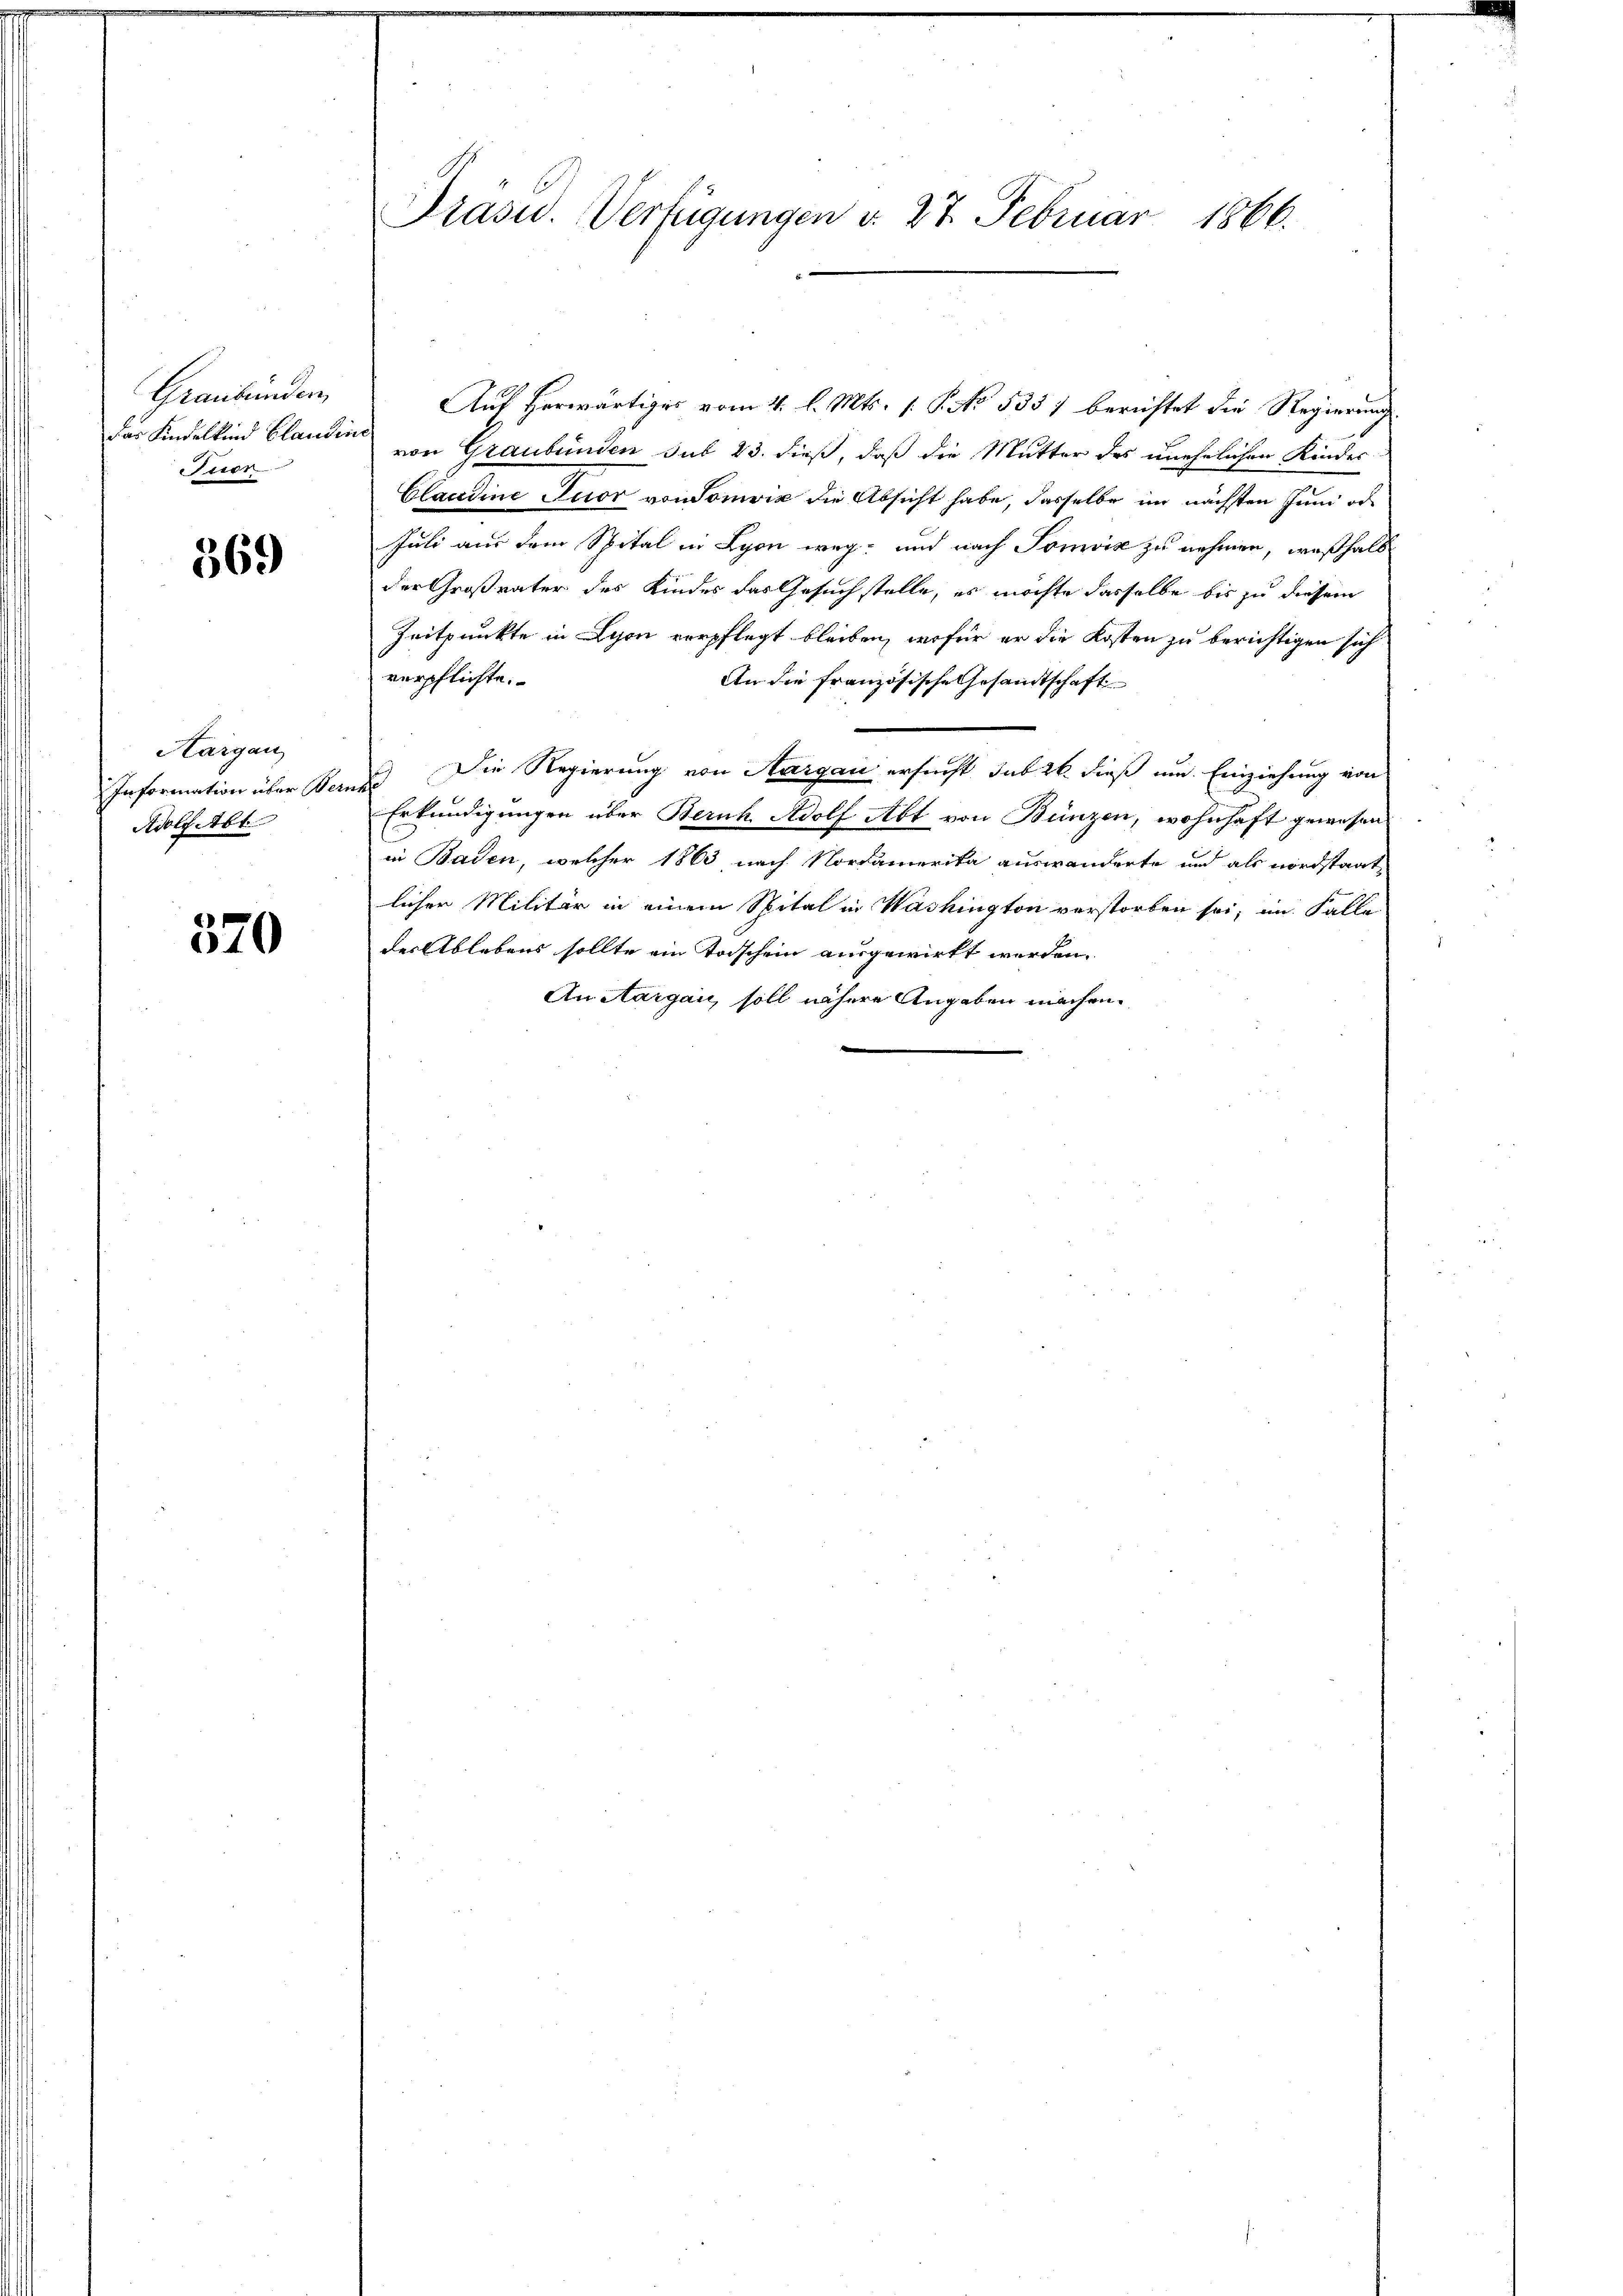
Graubünden
Auer

369

Hargau
Information über Ber
Adolf Abt

570

Auf herwärtiges vom 4. l. Mts. 1. P. No 533) berichtet die Regierung
far Kindelkind blanden von Graubünden sub 23. dieß, daß die Mutter des unehelichen Kindes¬
Claudine Tuor von Somvić die Absicht habe, dasselbe im nächsten Juni od
Juli aus dem Spital in Lyon weg- und nach Tomviz zu nehmen, weßhalb
der Großvater des Kinder das Gesuch stelle, es möchte dasselbe bis zu diesem
Zeitpunkte in Lyon verpflegt bleiben, wofür er die Kosten zu berichtigen sich
verpflichte.
An die französische Gesandtschaft
) Die Regierung von Aargau ersucht, sub 26. dieß um Einziehung von
Erkundigungen über Beruh Adolf Abt von Bünzen, wohnhaft gewesen
in Baden, welcher 1863 nach Nordamerika auswanderte und als nordstaat,
lichen Militär in einem Spital in Washington verstorben sei, im Falle
der Ablebens sollte ein Torschein ausgewirkt werden.
An Aargau, soll nähere Angaben machen.

Prasid. Verfügungen d. 27. Februar 1866.